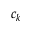
c _ { k }